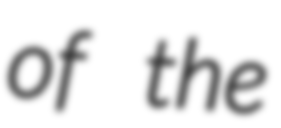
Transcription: of the